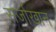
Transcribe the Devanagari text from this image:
सर्जाखान